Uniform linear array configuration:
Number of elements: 8
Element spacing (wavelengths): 0.75
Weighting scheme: exponential
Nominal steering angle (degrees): -15
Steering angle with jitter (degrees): -13.059
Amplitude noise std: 0.05
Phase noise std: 0.05

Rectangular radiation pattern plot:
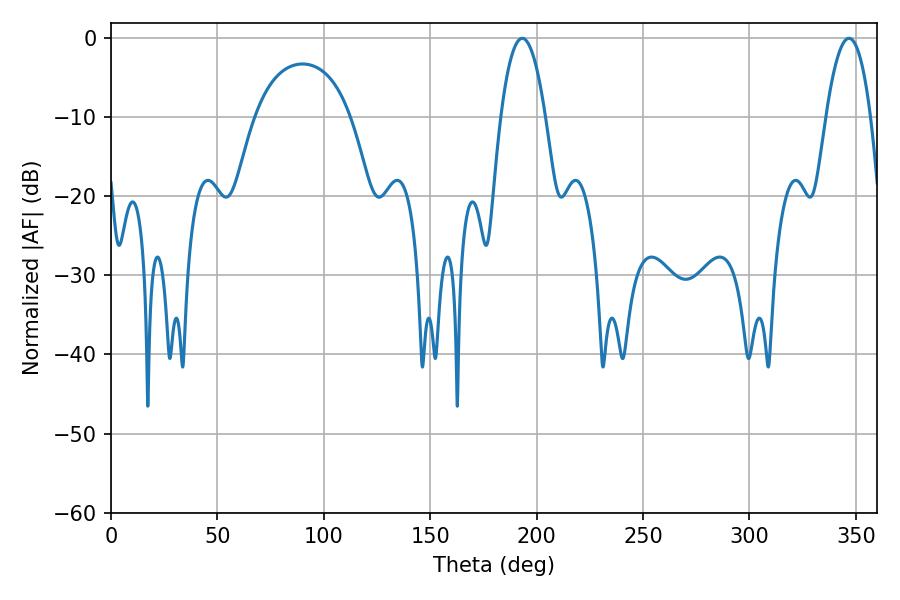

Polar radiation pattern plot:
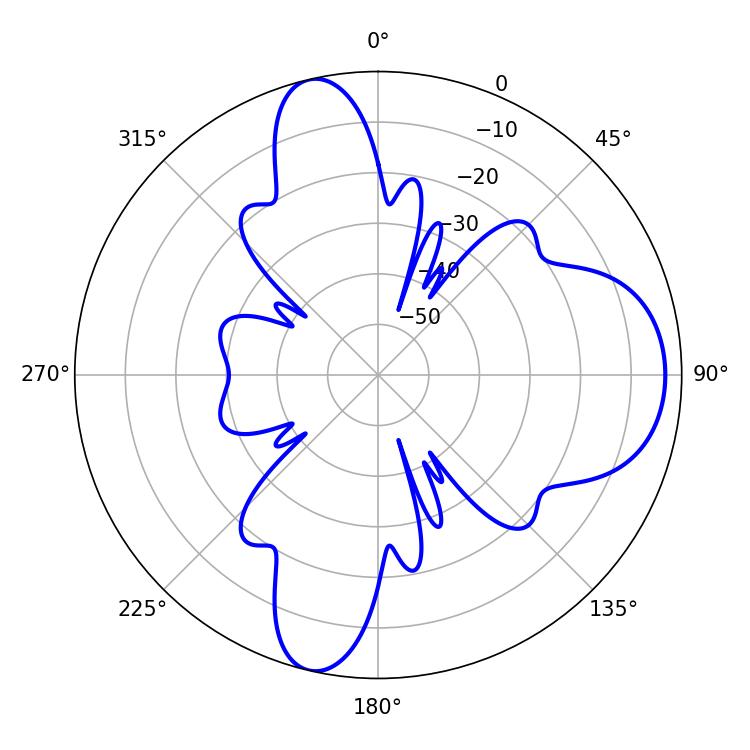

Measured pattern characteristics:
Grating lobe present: TRUE
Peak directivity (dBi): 10.829
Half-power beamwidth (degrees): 11.52
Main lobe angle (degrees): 193.32